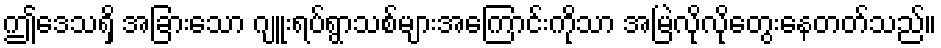
ဤဒေသရှိ အခြားသော ဂျူးရပ်ရွာသစ်များအကြောင်းကိုသာ အမြဲလိုလိုတွေးနေတတ်သည်။